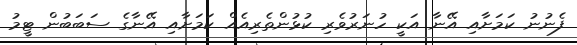
ފެނުނު ކަމަށާއި އޭނާ އަކީ ހުނަރުވެރި ކުޅުންތެރިއެއް ކަމަށާއި އޭނާގެ ސަބަބުން ޓީމު